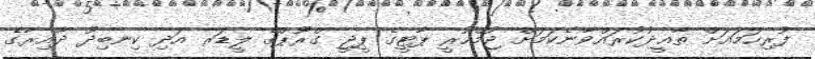
ފުރިހަމައަށް ތާޢީދުކުރައްވާނެކަމަށް ޖުމްހޫރީ ޕާޓީގެ ޕީޖީ ގްރޫޕްގެ ލީޑަރ އަދި ކިނބިދޫ ދާއިރާގެ